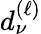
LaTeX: d_{\nu}^{(\ell)}